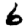
Digit: 6